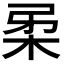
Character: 𭩲